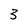
Character: 3